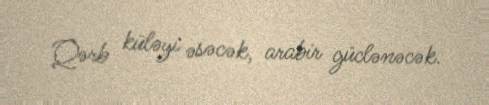
Qərb küləyi əsəcək, arabir güclənəcək.